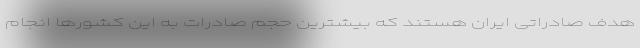
هدف صادراتی ایران هستند که بیشترین حجم صادرات به این کشورها انجام